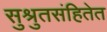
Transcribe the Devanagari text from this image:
सुश्रुतसंहितेत